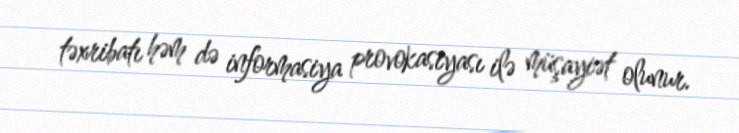
təxribatı həm də informasiya provokasiyası ilə müşayiət olunur.